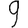
Digit: 9